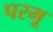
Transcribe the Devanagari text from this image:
परमू